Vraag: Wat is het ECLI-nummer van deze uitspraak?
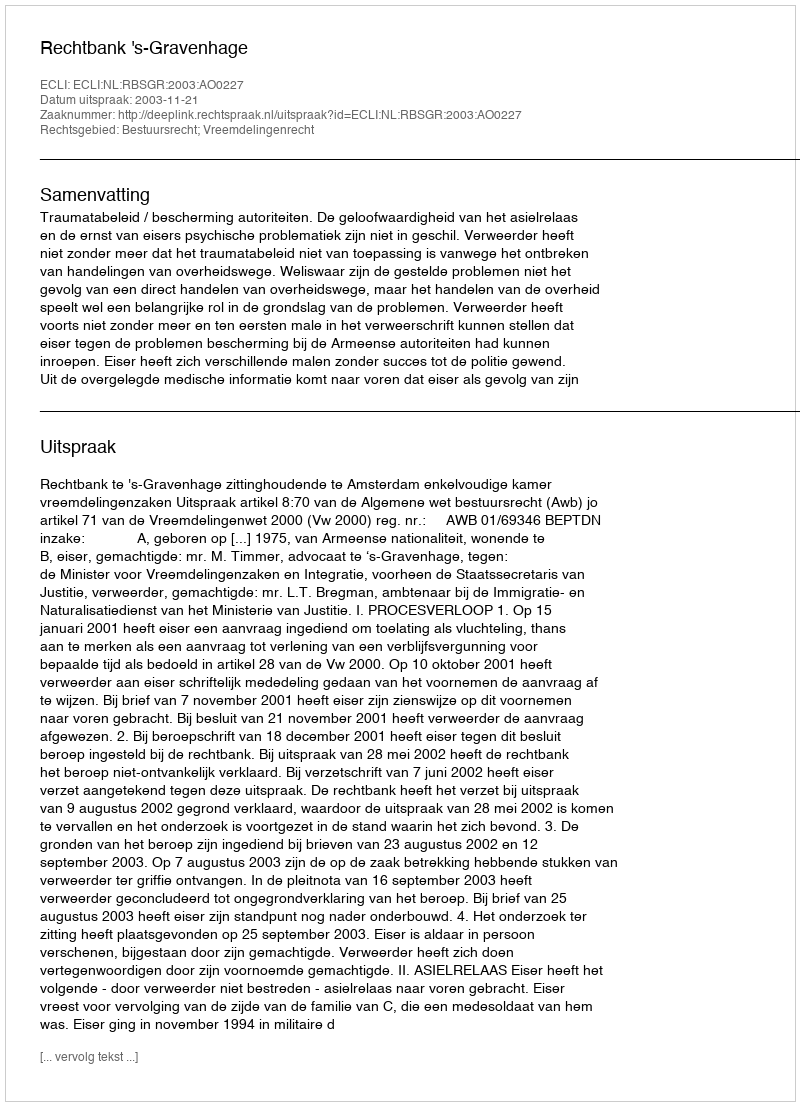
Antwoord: ECLI:NL:RBSGR:2003:AO0227